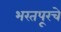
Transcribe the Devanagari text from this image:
भरतपूरचे